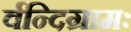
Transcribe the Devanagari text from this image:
र्वन्दिग्रामः